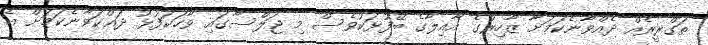
ތަގްރީރެއް ދެއްވާނެކަމަށާ ޒާހިރުގެ އާއިލާގެ ބޭފުޅަކުވެސް މި ޖަލްސާގައި ވާހަކަފުޅު ދައްކަވާނެކަމަށް އެ